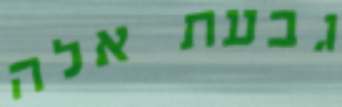
גבעת אלה